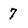
Character: 7